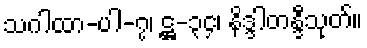
သဂါထာ-ပါ-၇၊ ဋ္ဌ-၃၄၊ နိဒ္ဒါတန္ဒီသုတ်။